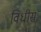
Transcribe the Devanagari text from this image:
विधीस